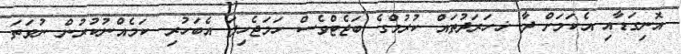
އޮނިގަޑާއި އެކަމަށް ދާ ޚހަރަދުތައް ކުރުމްގެ ބަޖެޓްވެސް ހަމަޖެހިފަ އެބަހުރި. ކަމެއްނުކުރުން ނުވަތަ